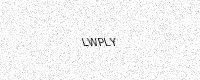
Text: LWPLY